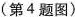
(第4题图)